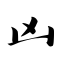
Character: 凶